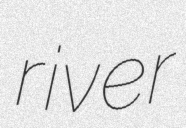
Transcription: river